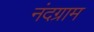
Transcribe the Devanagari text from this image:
नंदग्राम